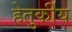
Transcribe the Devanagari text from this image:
हेतुकीय